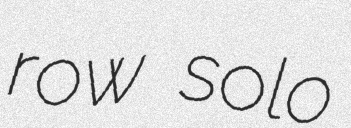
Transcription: row solo